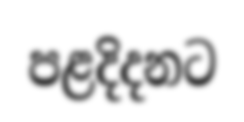
පළදිදනට